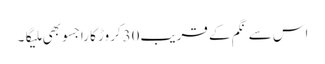
اس سے نگم کے قریب30کروڑ کا راجسو بھی ملیگا۔